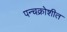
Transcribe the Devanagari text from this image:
पन्चक्रोशीत